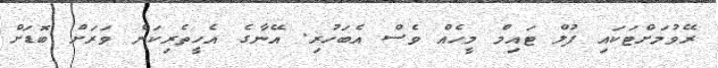
ރޭވުމަށްޓަކައި ފުލް ޓައިމް މީހެއް ވެސް އެބަހުރި. އޭނާގެ އެހީތެރިކަން ވަރަށް ބޮޑަށް